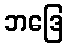
ဘဒြေ